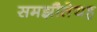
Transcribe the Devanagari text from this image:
समझौतेयह